Proceedings of the meeting of veterinary officers in India
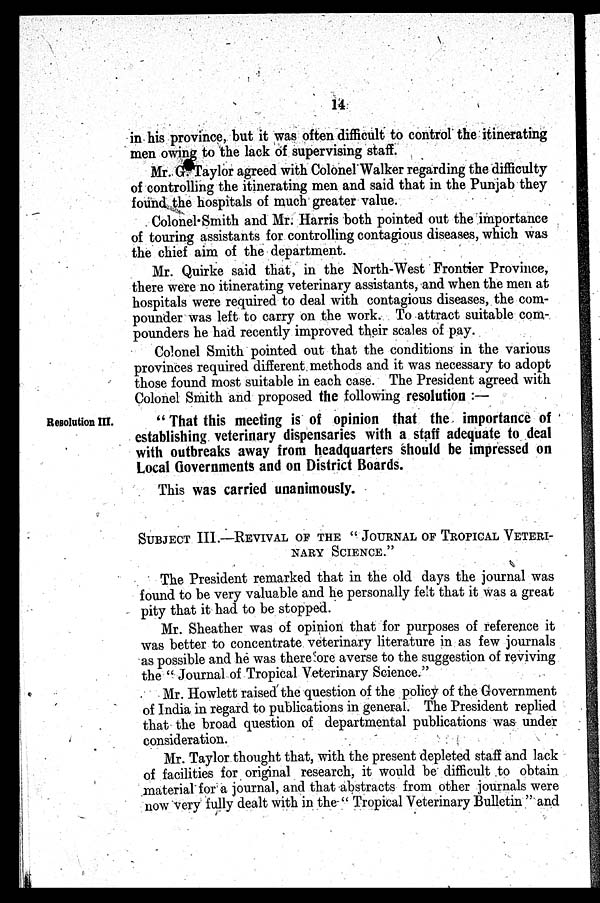
14
in his province, but it was often difficult to control the itinerating
men owing to the lack of supervising staff.
Mr. G. Taylor agreed with Colonel Walker regarding the difficulty
of controlling the itinerating men and said that in the Punjab they
found the hospitals of much greater value.
Colonel Smith and Mr. Harris both pointed out the importance
of touring assistants for controlling contagious diseases, which was
the chief aim of the department.
Mr. Quirke said that, in the North-West Frontier Province,
there were no itinerating veterinary assistants, and when the men at
hospitals were required to deal with contagious diseases, the com-
pounder was left to carry on the work. To attract suitable com-
pounders he had recently improved their scales of pay.
Colonel Smith pointed out that the conditions in the various
provinces required different methods and it was necessary to adopt
those found most suitable in each case. The President agreed with
Colonel Smith and proposed the following resolution :—
Resolution III.
" That this meeting is of opinion that the importance of
establishing veterinary dispensaries with a staff adequate to deal
with outbreaks away from headquarters should be impressed on
Local Governments and on District Boards.
This was carried unanimously.
SUBJECT III.—REVIVAL OF THE " JOURNAL OF TROPICAL VETERI-
NARY SCIENCE."
The President remarked that in the old days the journal was
found to be very valuable and he personally felt that it was a great
pity that it had to be stopped.
Mr. Sheather was of opinion that for purposes of reference it
was better to concentrate veterinary literature in as few journals
as possible and he was there ore averse to the suggestion of reviving
the " Journal of Tropical Veterinary Science."
Mr. Howlett raised the question of the policy of the Government
of India in regard to publications in general. The President replied
that the broad question of departmental publications was under
consideration.
Mr. Taylor thought that, with the present depleted staff and lack
of facilities for original research, it would be difficult to obtain
material for a journal, and that abstracts from other journals were
now very fully dealt with in the " Tropical Veterinary Bulletin " and